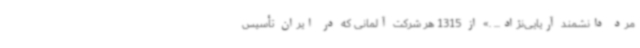
مرد دانشمند آریایی‌نژاد... .» از 1315 هر شرکت آلمانی که در ایران تأسیس